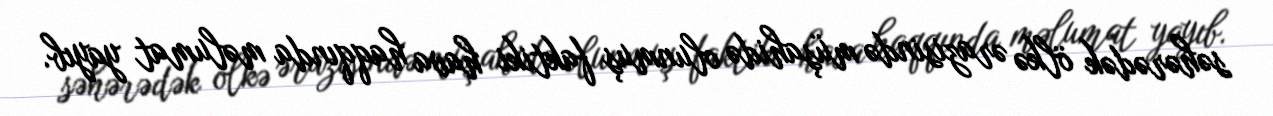
səhərədək ölkə ərazisində müşahidə olunmuş faktiki hava haqqında məlumat yayıb.